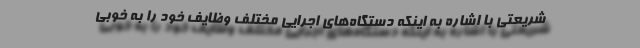
شریعتی با اشاره به اینکه دستگاه‌های اجرایی مختلف وظایف خود را به خوبی